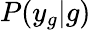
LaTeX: P(y_{g}|g)